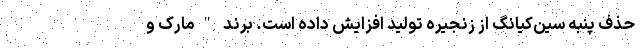
حذف پنبه سین‌کیانگ از زنجیره تولید افزایش داده است. برند "مارک و